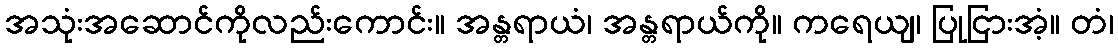
အသုံးအဆောင်ကိုလည်းကောင်း။ အန္တရာယံ၊ အန္တရာယ်ကို။ ကရေယျ၊ ပြုငြားအံ့။ တံ၊